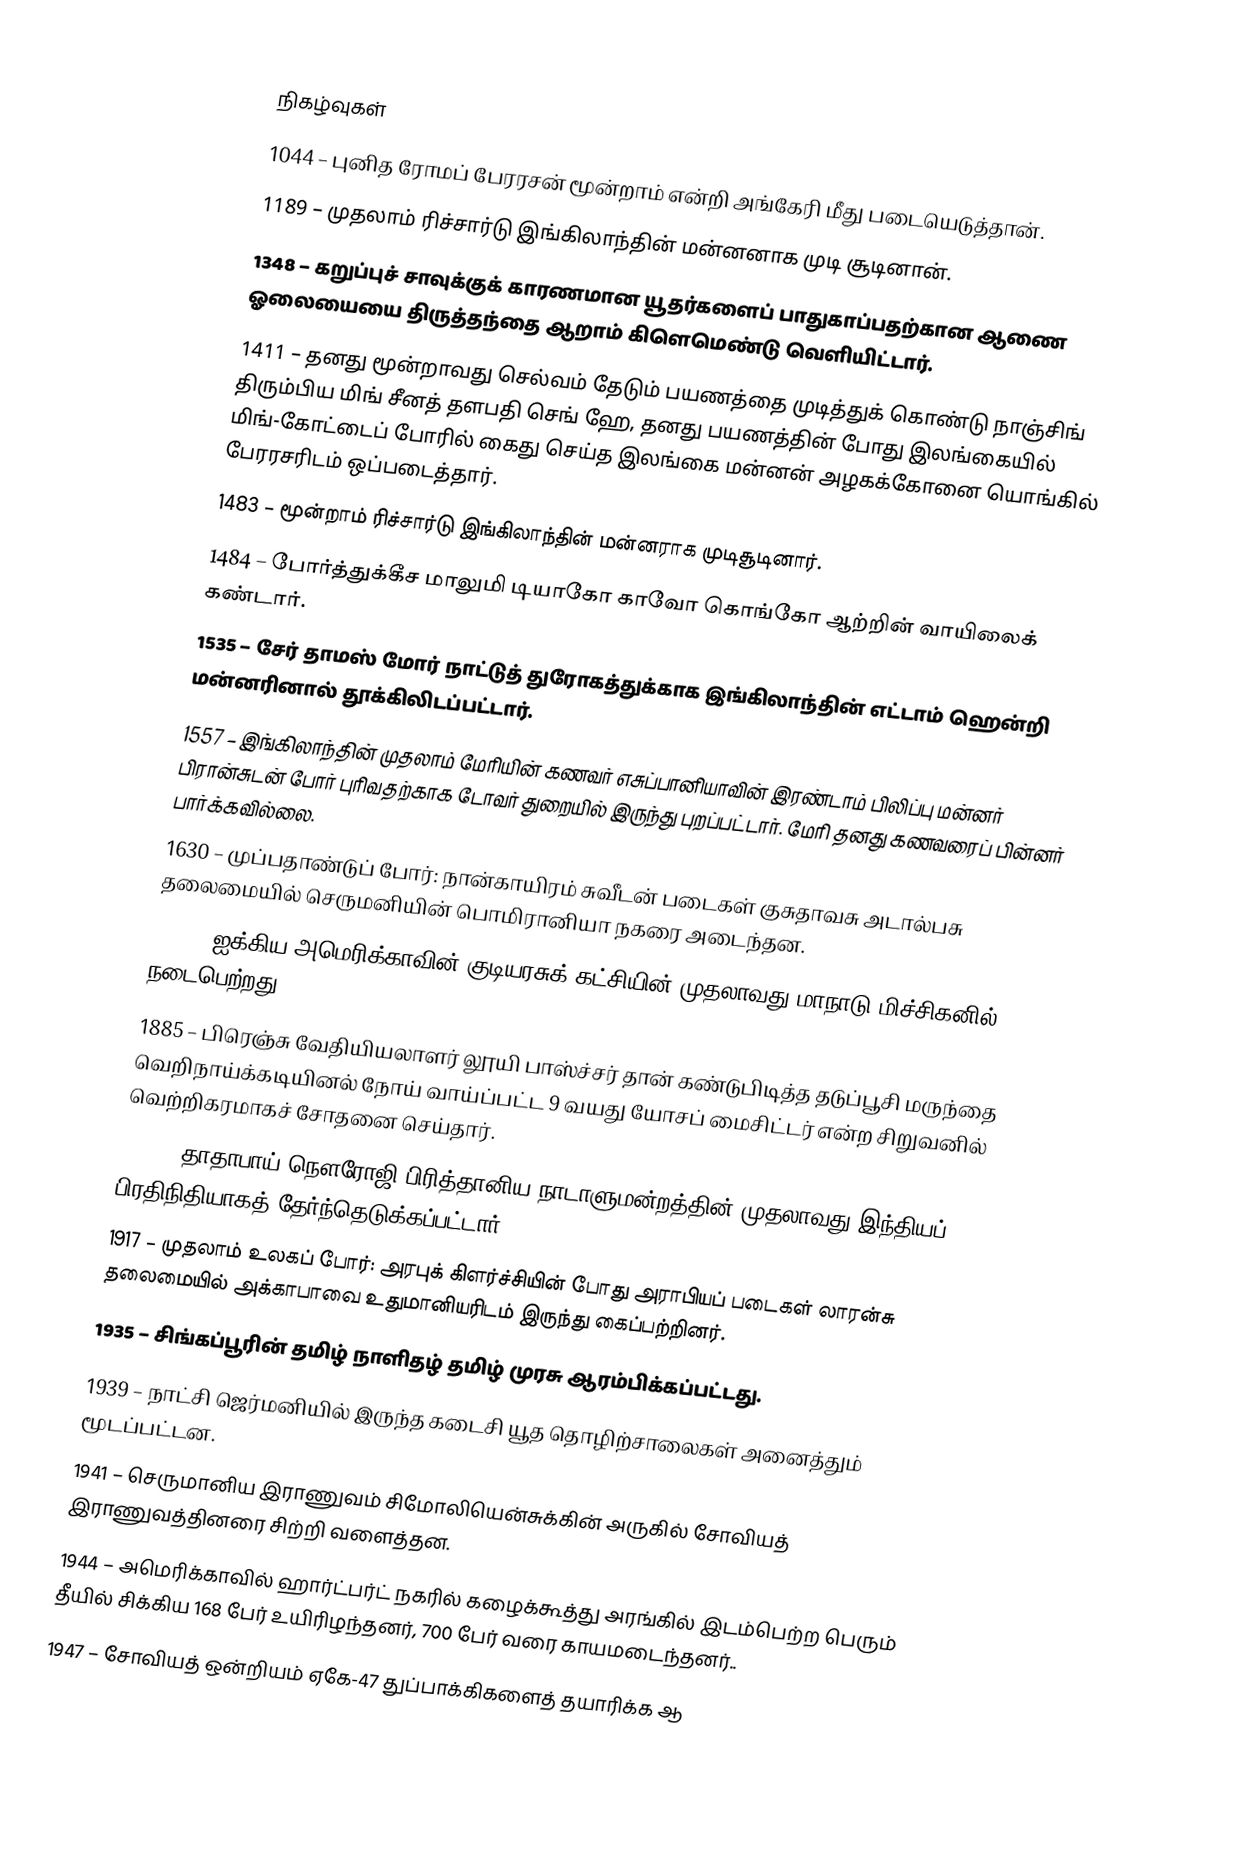

நிகழ்வுகள்
1044 – புனித ரோமப் பேரரசன் மூன்றாம் என்றி அங்கேரி மீது படையெடுத்தான்.
1189 – முதலாம் ரிச்சார்டு இங்கிலாந்தின் மன்னனாக முடி சூடினான்.
1348 – கறுப்புச் சாவுக்குக் காரணமான யூதர்களைப் பாதுகாப்பதற்கான ஆணை ஓலையையை திருத்தந்தை ஆறாம் கிளெமெண்டு வெளியிட்டார்.
1411 – தனது மூன்றாவது செல்வம் தேடும் பயணத்தை முடித்துக் கொண்டு நாஞ்சிங் திரும்பிய மிங் சீனத் தளபதி செங் ஹே, தனது பயணத்தின் போது இலங்கையில் மிங்-கோட்டைப் போரில் கைது செய்த இலங்கை மன்னன் அழகக்கோனை யொங்கில் பேரரசரிடம் ஒப்படைத்தார்.
1483 – மூன்றாம் ரிச்சார்டு இங்கிலாந்தின் மன்னராக முடிசூடினார்.
1484 – போர்த்துக்கீச மாலுமி டியாகோ காவோ கொங்கோ ஆற்றின் வாயிலைக் கண்டார்.
1535 – சேர் தாமஸ் மோர் நாட்டுத் துரோகத்துக்காக இங்கிலாந்தின் எட்டாம் ஹென்றி மன்னரினால் தூக்கிலிடப்பட்டார்.
1557 – இங்கிலாந்தின் முதலாம் மேரியின் கணவர் எசுப்பானியாவின் இரண்டாம் பிலிப்பு மன்னர் பிரான்சுடன் போர் புரிவதற்காக டோவர் துறையில் இருந்து புறப்பட்டார். மேரி தனது கணவரைப் பின்னர் பார்க்கவில்லை.
1630 – முப்பதாண்டுப் போர்: நான்காயிரம் சுவீடன் படைகள் குசுதாவசு அடால்பசு தலைமையில் செருமனியின் பொமிரானியா நகரை அடைந்தன.
1854 – ஐக்கிய அமெரிக்காவின் குடியரசுக் கட்சியின் முதலாவது மாநாடு மிச்சிகனில் நடைபெற்றது.
1885 – பிரெஞ்சு வேதியியலாளர் லூயி பாஸ்ச்சர் தான் கண்டுபிடித்த தடுப்பூசி மருந்தை வெறிநாய்க்கடியினல் நோய் வாய்ப்பட்ட 9 வயது யோசப் மைசிட்டர் என்ற சிறுவனில் வெற்றிகரமாகச் சோதனை செய்தார்.
1892 – தாதாபாய் நௌரோஜி பிரித்தானிய நாடாளுமன்றத்தின் முதலாவது இந்தியப் பிரதிநிதியாகத் தேர்ந்தெடுக்கப்பட்டார்.
1917 – முதலாம் உலகப் போர்: அரபுக் கிளர்ச்சியின் போது அராபியப் படைகள் லாரன்சு தலைமையில் அக்காபாவை உதுமானியரிடம் இருந்து கைப்பற்றினர்.
1935 – சிங்கப்பூரின் தமிழ் நாளிதழ் தமிழ் முரசு ஆரம்பிக்கப்பட்டது.
1939 – நாட்சி ஜெர்மனியில் இருந்த கடைசி யூத தொழிற்சாலைகள் அனைத்தும் மூடப்பட்டன.
1941 – செருமானிய இராணுவம் சிமோலியென்சுக்கின் அருகில் சோவியத் இராணுவத்தினரை சிற்றி வளைத்தன.
1944 – அமெரிக்காவில் ஹார்ட்பர்ட் நகரில் கழைக்கூத்து அரங்கில் இடம்பெற்ற பெரும் தீயில் சிக்கிய 168 பேர் உயிரிழந்தனர், 700 பேர் வரை காயமடைந்தனர்..
1947 – சோவியத் ஒன்றியம் ஏகே-47 துப்பாக்கிகளைத் தயாரிக்க ஆ